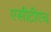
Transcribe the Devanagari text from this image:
एसीटीएच